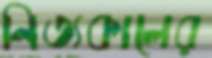
নিত্যকালের